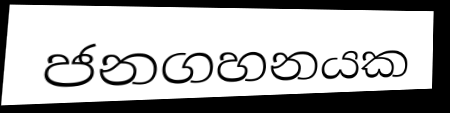
ජනගහනයක